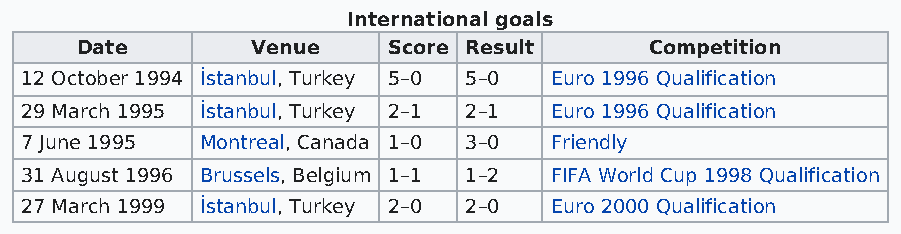
International goals
 Date        Venue    Score Result     Competition
 12 October 1994 İstanbul, Turkey 5–0 5–0 Euro 1996 Qualification
 29 March 1995 İstanbul, Turkey 2–1 2–1 Euro 1996 Qualification
 7 June 1995 Montreal, Canada 1–0 3–0 Friendly
 31 August 1996 Brussels, Belgium 1–1 1–2 FIFA World Cup 1998 Qualification
 27 March 1999 İstanbul, Turkey 2–0 2–0 Euro 2000 Qualification